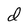
Character: d